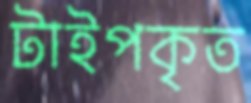
টাইপকৃত